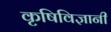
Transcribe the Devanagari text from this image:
कृषिविज्ञानी